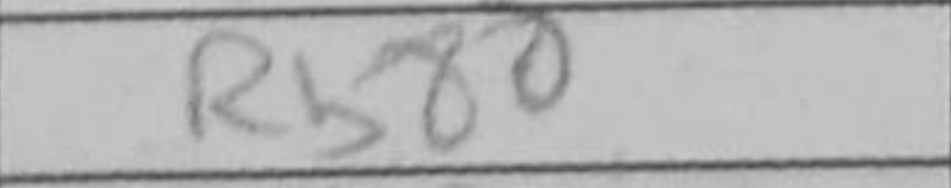
Transcription: Rb8